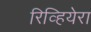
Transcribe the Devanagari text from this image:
रिव्हियेरा